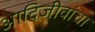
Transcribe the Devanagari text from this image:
आदिजीवांचा